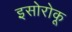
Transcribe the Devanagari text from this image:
इसोरोकू